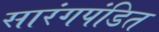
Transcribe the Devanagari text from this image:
सारंगपंडित